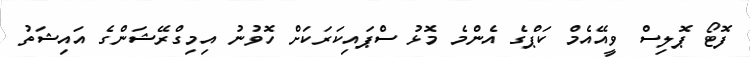
ފޮޓޯ ޕޮލިސް ވީއޭއެމް ކަޕްގެ އެންމެ މޮޅު ސްޕައިކަރަކަށް ހޮވުނު އިމިގްރޭޝަންގެ އައިޝަތު